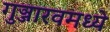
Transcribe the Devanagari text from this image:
गुञ्जारवमध्ये